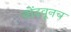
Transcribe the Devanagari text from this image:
नोंदवूनच